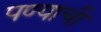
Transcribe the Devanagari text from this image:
पण्याची